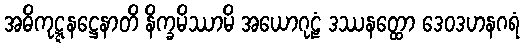
အဓိကုဋ္ဋနဋ္ဌေနာတိ နိက္ခမိဿာမိ အယောဂုဠံ ဒဿနတ္ထော ဒေဝဒဟနဂရံ